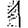
Digit: 1